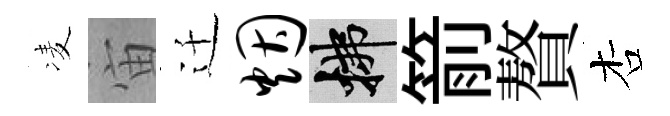
凌宙迁烟拂箭贅杏